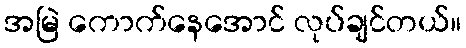
အမြဲ ကောက်နေအောင် လုပ်ချင်တယ်။